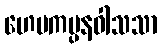
ဟေမကပ္ပနဝါသသာ